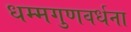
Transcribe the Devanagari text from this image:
धम्मगुणवर्धना